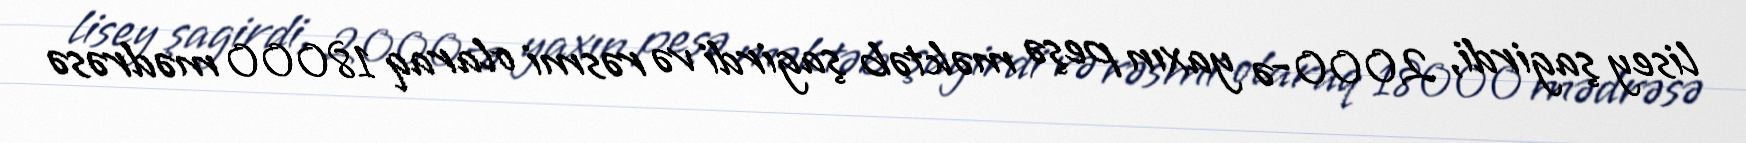
lisey şagirdi, 2000-ə yaxın peşə məktəb şagirdi və rəsmi olaraq 18000 mədrəsə